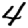
Digit: 4